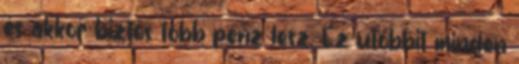
és akkor biztos több pénz lesz. Ez utóbbit minden